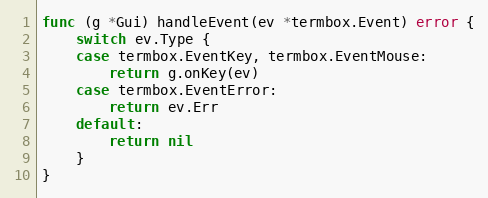
Language: Go
func (g *Gui) handleEvent(ev *termbox.Event) error {
	switch ev.Type {
	case termbox.EventKey, termbox.EventMouse:
		return g.onKey(ev)
	case termbox.EventError:
		return ev.Err
	default:
		return nil
	}
}